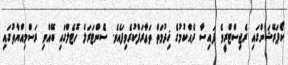
ކޯޕަރޭޝަންގައި ރެޖިސްޓްރީވެ ފައިސާ ދެއްކުމުގެ ޚިދުމަތް ތަޢާރަފްކުރެވިފައެވެ. ސެންޓަރަލް ހޮޓެލްގައި ބޭއްވި ރަސްމިއްޔާތުގައި